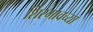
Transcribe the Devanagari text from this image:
शिरगावच्या